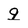
Character: q